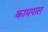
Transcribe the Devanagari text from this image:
कामपाल